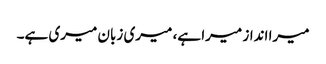
میرا انداز میرا ہے، میری زبان میری ہے۔